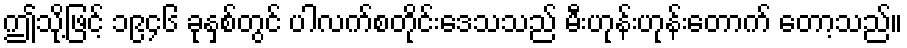
ဤသို့ဖြင့် ၁၉၄၆ ခုနှစ်တွင် ပါလက်စတိုင်းဒေသသည် မီးဟုန်းဟုန်းတောက် တော့သည်။